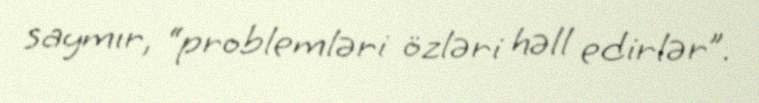
saymır, “problemləri özləri həll edirlər”.